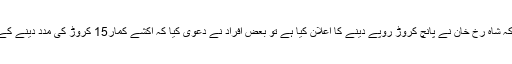
کچھ لوگوں نے کہا کہ شاہ رخ خان نے پانچ کروڑ روپے دینے کا اعلان کیا ہے تو بعض افراد نے دعوی کیا کہ اکشے کمار15 کروڑ کی مدد دینے کے لئے آگے آئے ہیں!